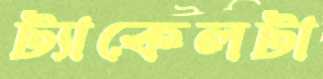
ট্যাকেলটা